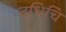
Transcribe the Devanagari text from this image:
दधिचि